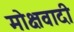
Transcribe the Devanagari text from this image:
मोक्षवादी